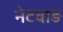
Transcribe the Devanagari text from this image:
नेटवाड़